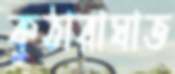
কুঠারাঘাত